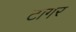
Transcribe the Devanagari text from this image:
टागर